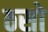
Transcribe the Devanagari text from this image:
ठसो